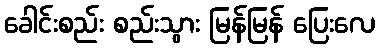
ခေါင်းစည်း စည်းသွား မြန်မြန် ပြေးလေ